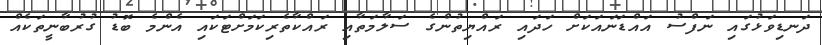
ދަނޑިވަޅުގައި ނަފްސު އައްޑަނައަކަށް ހަދައި ރައްޔިތުންގެ ސަލާމަތާއި ރައްކާތެރިކަމަށްޓަކައި އެންމެ ބޮޑު ގުރުބާނީތަކެއް